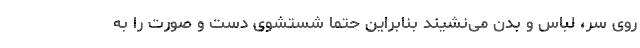
روی سر، لباس و بدن می‌نشیند بنابراین حتما شستشوی دست و صورت را به